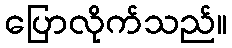
ပြောလိုက်သည်။